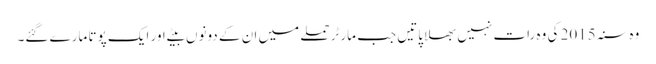
وہ سنہ 2015 کی وہ رات نہیں بھلا پاتیں جب مارٹر حملے میں ان کے دونوں بیٹے اور ایک پوتا مارے گئے۔